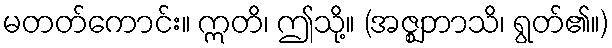
မတတ်ကောင်း။ ဣတိ၊ ဤသို့။ (အဇ္ဈဘာသိ၊ ရွတ်၏။)